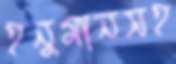
হনুমানসহ